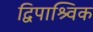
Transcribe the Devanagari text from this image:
द्विपाश्र्विक